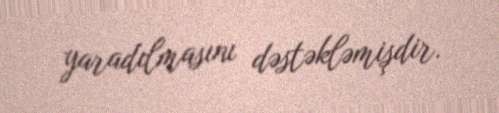
yaradılmasını dəstəkləmişdir.